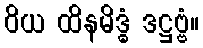
ဝိယ ထိနမိဒ္ဓံ ဒဋ္ဌဗ္ဗံ။